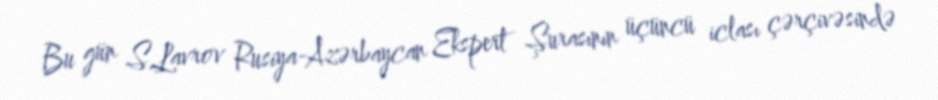
Bu gün S.Lavrov Rusiya-Azərbaycan Ekspert Şurasının üçüncü iclası çərçivəsində